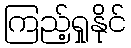
ကြည့်ရှုနိုင်